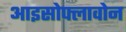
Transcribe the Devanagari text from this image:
आइसोफ्लावोन